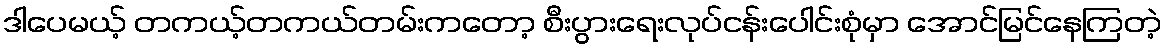
ဒါပေမယ့် တကယ့်တကယ်တမ်းကတော့ စီးပွားရေးလုပ်ငန်းပေါင်းစုံမှာ အောင်မြင်နေကြတဲ့